Source: Handwritten
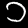
Digit: ၁ (1)